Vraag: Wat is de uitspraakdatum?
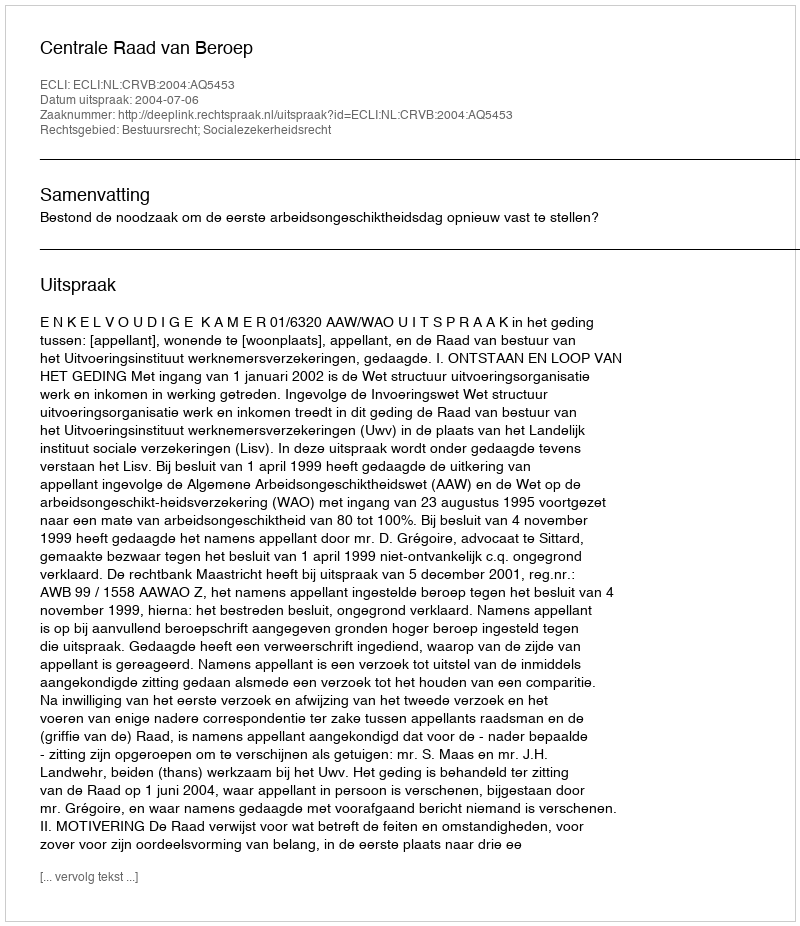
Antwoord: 2004-07-06